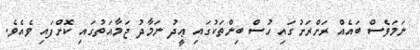
ނަމަވެސް ބައެއް ރަށްރަށުގައި ހުސް ބިންތަކުގައި ޢީދު ނަމާދު ޖަމާއަތުގައި ކޮށްފައި ވެއެވެ.